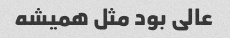
عالی بود مثل همیشه